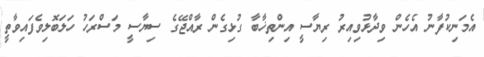
އެމަނިކުފާނު އެހެން ވިދާޅުވިއިރު ރިޔާސީ އިންތިޚާބާ ގުޅިގެން ރާއްޖޭގެ ސިޔާސީ މަސްރަހު ހަލަބޮލިވެފައިވާތީ